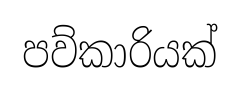
පව්කාරියක්